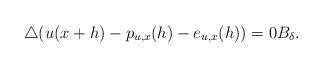
LaTeX: \begin{align*}\triangle (u(x+h) - p_{u,x}(h) - e_{u,x}(h)) =0 B_\delta.\end{align*}